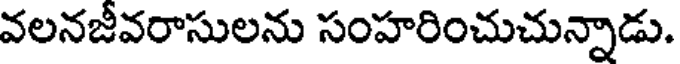
వలనజీవరాసులను సంహరించుచున్నాడు.